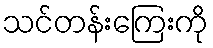
သင်တန်းကြေးကို